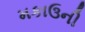
મકાઉની